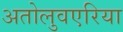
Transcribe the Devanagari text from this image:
अतोलुवएरिया